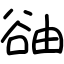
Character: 䜬